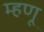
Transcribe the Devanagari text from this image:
म्‍हणू